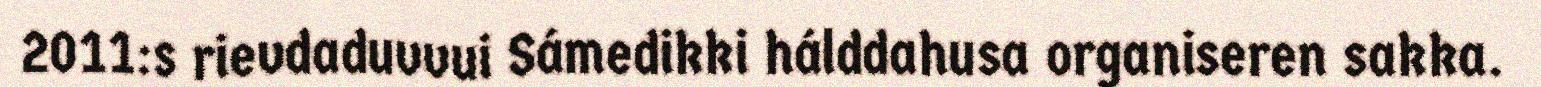
2011:s rievdaduvvui Sámedikki hálddahusa organiseren sakka.